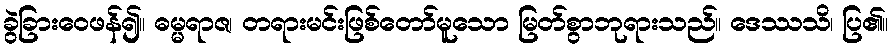
ခွဲခြားဝေဖန်၍။ ဓမ္မရာဇ၊ တရားမင်းဖြစ်တော်မူသော မြတ်စွာဘုရားသည်။ ဒေဿသိ၊ ပြ၏။